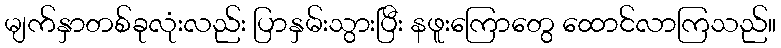
မျက်နှာတစ်ခုလုံးလည်း ပြာနှမ်းသွားပြီး နဖူးကြောတွေ ထောင်လာကြသည်။